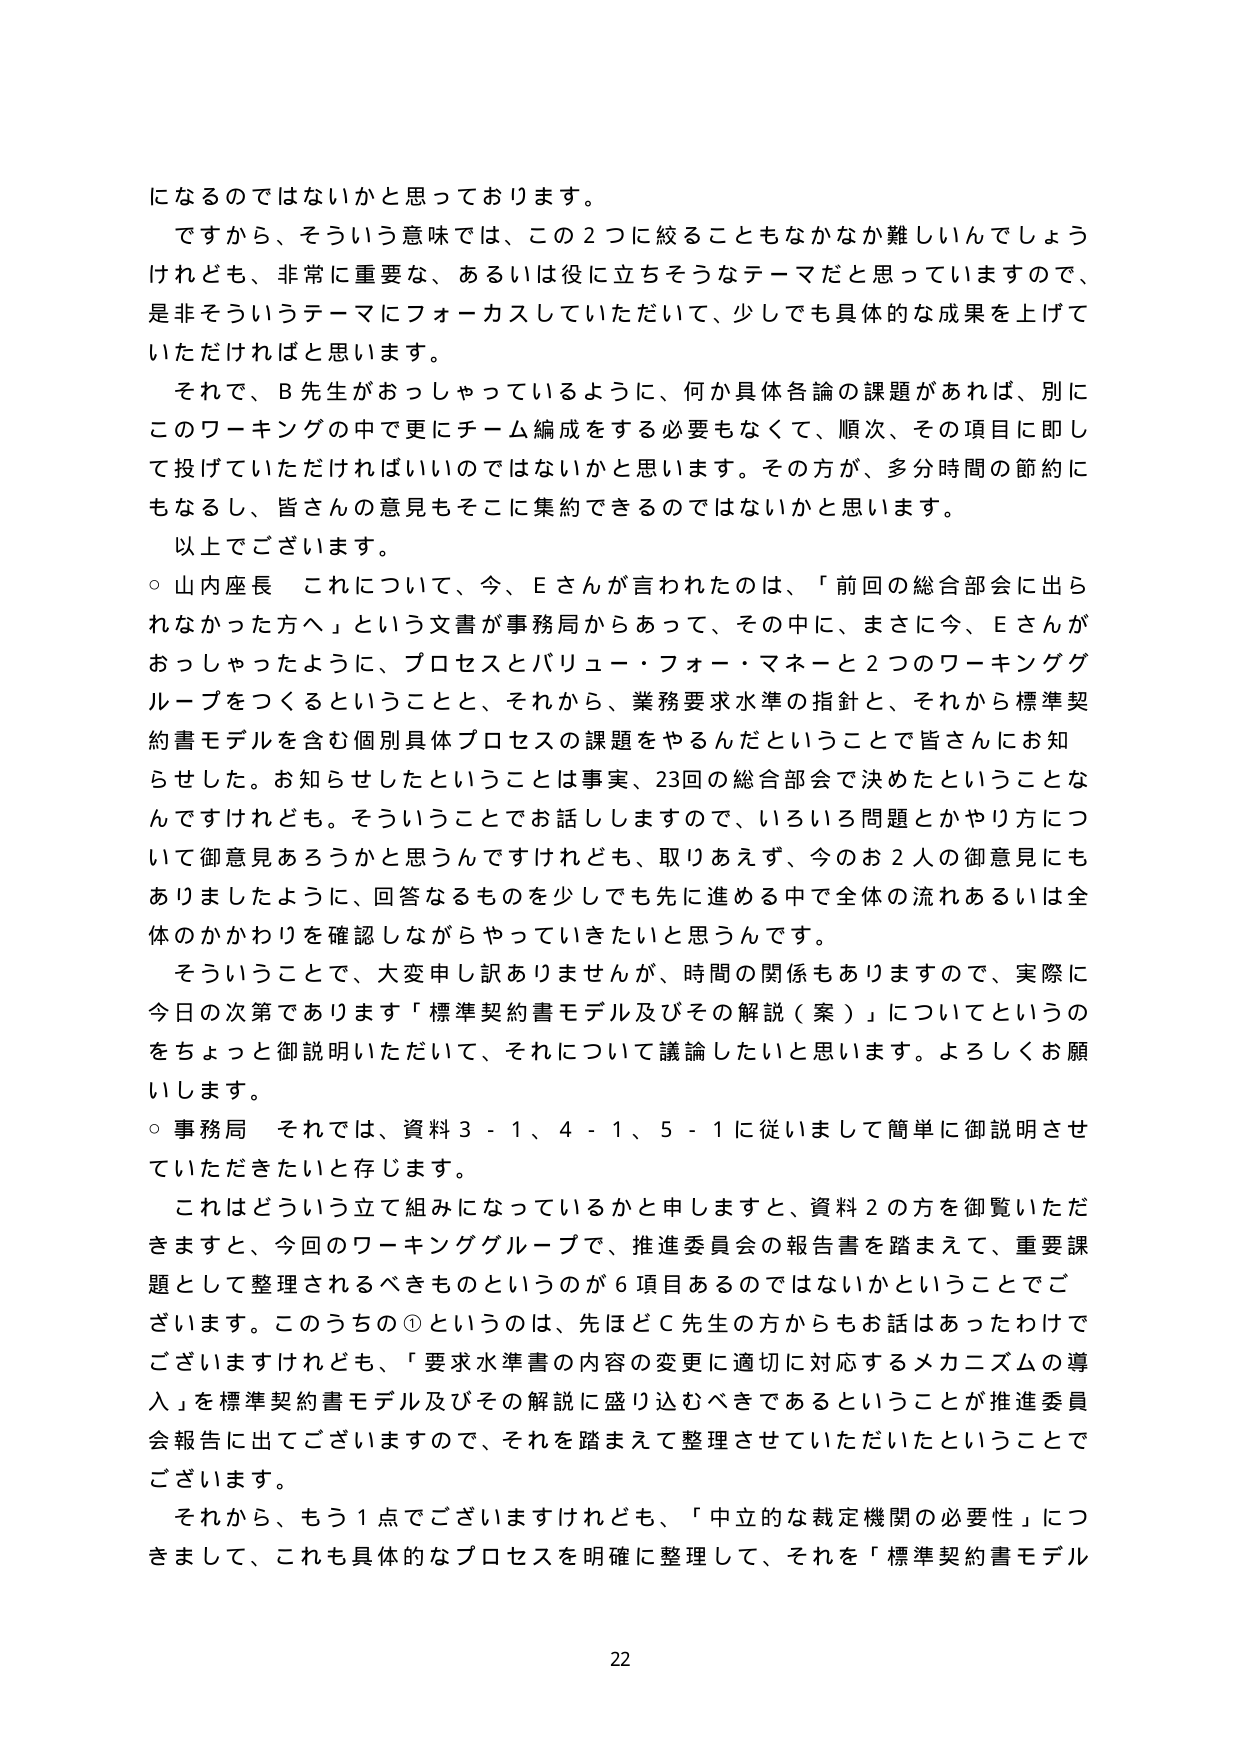
になるのではないかと思っております。
ですから、そういう意味では、この２つに絞ることもなかなか難しいんでしょうけれども、非常に重要な、あるいは役に立ちそうなテーマだと思っていますので、是非そういうテーマにフォーカスしていただいて、少しでも具体的な成果を上げていただければと思います。
それで、B先生がおっしゃっているように、何か具体各論の課題があれば、別にこのワーキングの中で更にチーム編成をする必要もなくて、順次、その項目に即して投げていただければいいのではないかと思います。その方が、多分時間の節約にもなるし、皆さんの意見もそこに集約できるのではないかと思います。
以上でございます。
○ 山内座長 これについて、今、Eさんが言われたのは、「前回の総合部会に出られなかった方へ」という文書が事務局からあって、その中に、まさに今、Eさんがおっしゃったように、プロセスとバリュー・フォー・マネーと２つのワーキンググループをつくるということと、それから、業務要求水準の指針と、それから標準契約書モデルを含む個別具体プロセスの課題をやるんだということで皆さんにお知らせした。お知らせしたということは事実、23回の総合部会で決めたということなんですけれども。そういうことでお話しますので、いろいろ問題とかやり方について御意見あろうかと思うんですけれども、取りあえず、今のお２人の御意見にもありましたように、回答なるものを少しでも先に進める中で全体の流れあるいは全体のかかわりを確認しながらやっていきたいと思うんです。
そういうことで、大変申し訳ありませんが、時間の関係もありますので、実際に今日の次第であります「標準契約書モデル及びその解説（案）」についてというのをちょっと御説明いただいて、それについて議論したいと思います。よろしくお願いします。
○ 事務局 それでは、資料３－１、４－１、５－１に従いまして簡単に御説明させていただきたいと存じます。
これはどういう立て組みになっているかと申しますと、資料２の方を御覧いただきますと、今回のワーキンググループで、推進委員会の報告書を踏まえて、重要課題として整理されるべきものというのが６項目あるのではないかということでございます。このうちの①というのは、先ほどC先生の方からもお話はあったわけでございますけれども、「要求水準書の内容の変更に適切に対応するメカニズムの導入」を標準契約書モデル及びその解説に盛り込むべきであるということが推進委員会報告に出てございますので、それを踏まえて整理させていただいたということでございます。
それから、もう１点でございますけれども、「中立的な裁定機関の必要性」につきまして、これも具体的なプロセスを明確に整理して、それを「標準契約書モデル
22